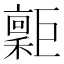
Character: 𢀮